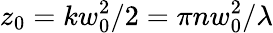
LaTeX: z_{0}=kw_{0}^{2}/2=\pi nw_{0}^{2}/\lambda